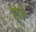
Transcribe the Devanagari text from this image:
ऐटेने